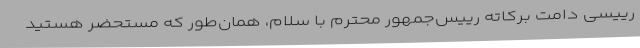
رییسی دامت برکاته رییس‌جمهور محترم با سلام، همان‌طور که مستحضر هستید